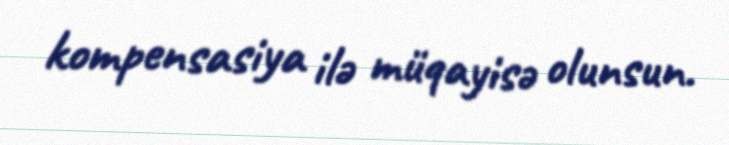
kompensasiya ilə müqayisə olunsun.